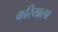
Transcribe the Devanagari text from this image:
करियाला